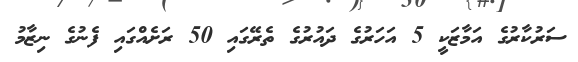
ސަރުކާރުގެ އަމާޒަކީ 5 އަހަރުގެ ދައުރުގެ ތެރޭގައި 50 ރަށެއްގައި ފެނުގެ ނިޒާމު